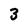
Character: 3